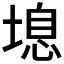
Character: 𰊔